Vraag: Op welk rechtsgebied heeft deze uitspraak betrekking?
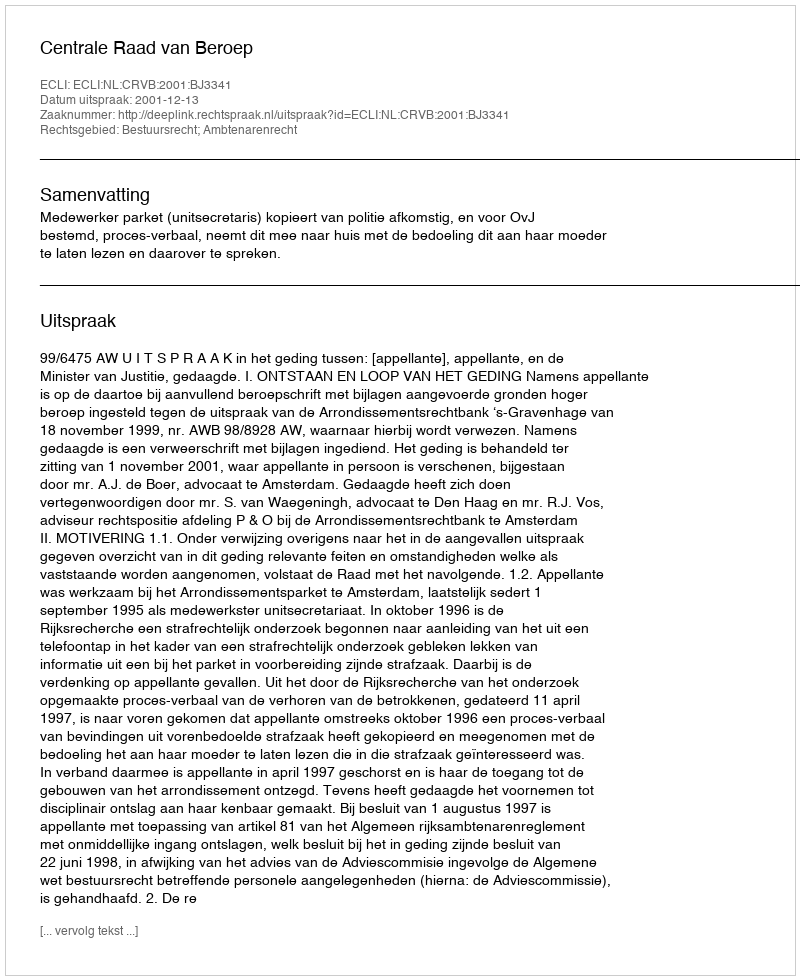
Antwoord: Bestuursrecht; Ambtenarenrecht